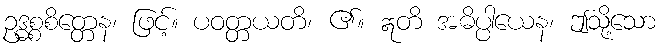
ဥဒ္ဓစ္စစိတ္တေန၊ ဖြင့်။ ပဝတ္တယတိ၊ ၏။ ဣတိ အဓိပ္ပါယေန၊ ဤသို့သော